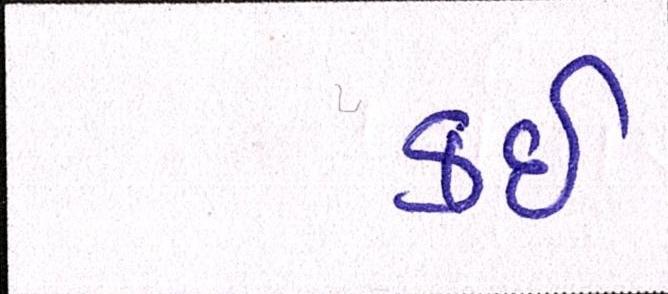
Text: કઇ